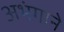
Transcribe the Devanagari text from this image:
अभंगाने